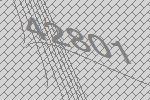
42801